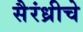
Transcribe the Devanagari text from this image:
सैरंध्रीचे